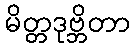
မိတ္တဒုဗ္ဘိတာ